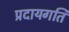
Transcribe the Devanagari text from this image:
प्रदायगति